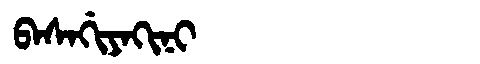
Manchu: ᠪᠠᠰᠠᡤᡳᠶᠠᡴᡳᠨᡳ
Romanization: BASAGIYAKINI